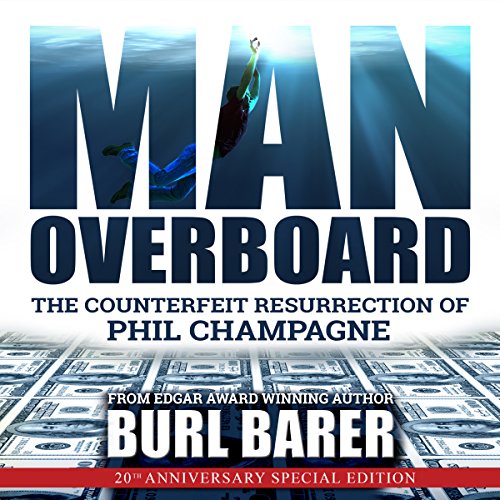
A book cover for Man Overboard: The Counterfeit Resurrection of Phil Champagne; Burl Barer; Biographies & Memoirs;